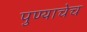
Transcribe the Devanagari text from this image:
पुण्याचेच